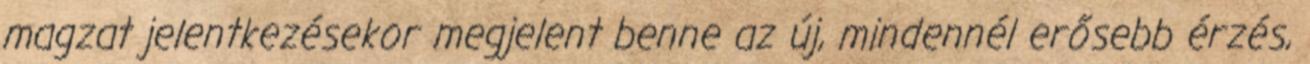
magzat jelentkezésekor megjelent benne az új, mindennél erősebb érzés,